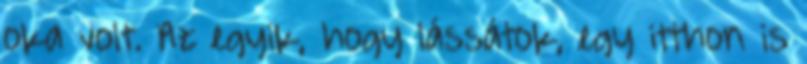
oka volt. Az egyik, hogy lássátok, egy itthon is